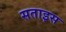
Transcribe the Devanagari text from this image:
सताइस